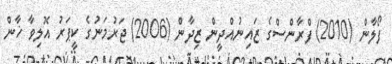
ފޯލާން (2010) ފްރާންސްގެ ޒައިނުއްދީން ޒިދާން (2006) ޖަރުމަނުގެ ކީޕަރު އޮލިވާ ޚާން